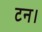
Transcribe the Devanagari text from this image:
टन।